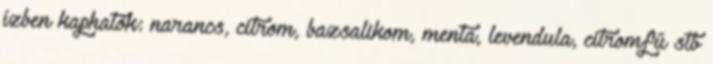
ízben kaphatók: narancs, citrom, bazsalikom, menta, levendula, citromfű stb